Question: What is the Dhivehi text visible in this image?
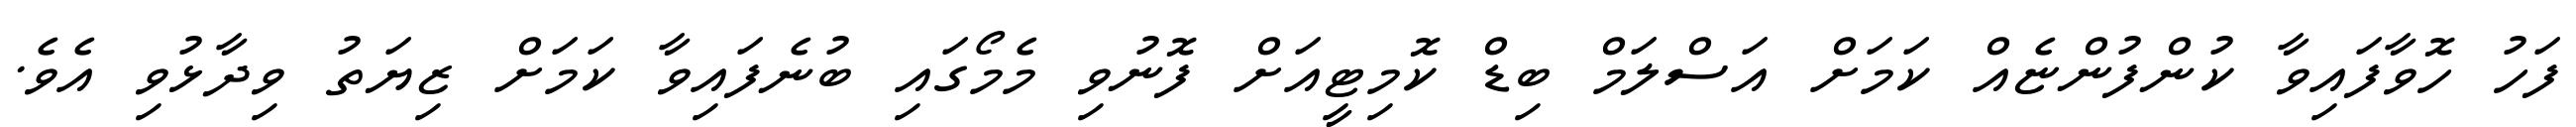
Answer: ފަހު ހޮވާފައިވާ ކުންފުންޏެއް ކަމަށް އަސްލަމް ބިޑް ކޮމިޓީއަށް ފޮނުވި މެމޯގައި ބުނެފައިވާ ކަމަށް ޒިޔަތު ވިދާޅުވި އެވެ.